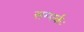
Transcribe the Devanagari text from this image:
सम्पर्कः